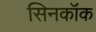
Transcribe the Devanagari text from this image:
सिनकॉक